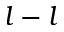
l - l